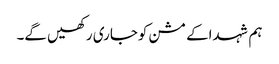
ہم شہداکے مشن کوجاری رکھیں گے۔